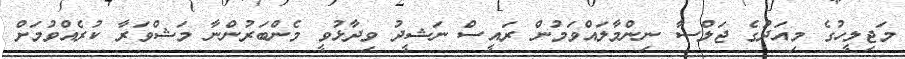
މަޖިލީހުގެ މިއަދުގެ ޖަލްސާ ނިންމާލައްވަމުން ރައީސް ނަޝީދު ވިދާޅުވީ މެންބަރުންނާ މަޝްވަރާ ކުރެއްވުމަށް